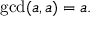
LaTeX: \operatorname* { g c d } ( a , a ) = a .